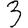
Digit: 3